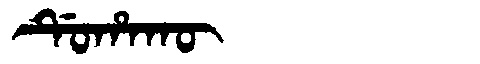
Manchu: ᡩᡠᡥᠠᡴᡡ
Romanization: DUHAKŪ